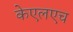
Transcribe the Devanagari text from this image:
केएलएच